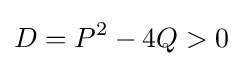
D=P^{2}-4Q>0